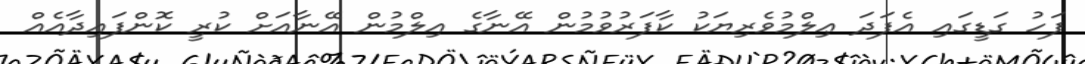
ފަހު ގަޑީގައި އެފަދަ ޢިލްމުވެރިޔަކު ކާފަރުވުމުން އޭނާގެ އިލްމުން އޭނާއަށް ކުރީ ކޮންފައިދާއެއް